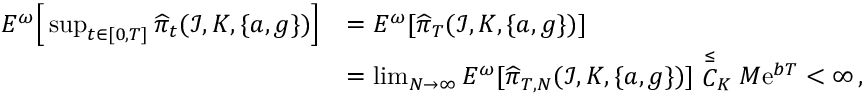
\begin{array} { r l } { E ^ { \omega } \Big [ \operatorname* { s u p } _ { t \in [ 0 , T ] } \widehat { \pi } _ { t } ( \mathcal I , K , \{ a , g \} ) \Big ] } & { = E ^ { \omega } [ \widehat { \pi } _ { T } ( \mathcal I , K , \{ a , g \} ) ] } \\ & { = \operatorname* { l i m } _ { N \to \infty } E ^ { \omega } [ \widehat { \pi } _ { T , N } ( \mathcal I , K , \{ a , g \} ) ] \stackrel { \leq } C _ { K } M \mathrm { e } ^ { b T } < \infty \, , } \end{array}